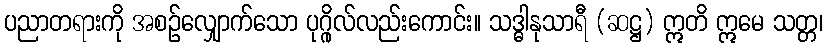
ပညာတရားကို အစဉ်လျှောက်သော ပုဂ္ဂိုလ်လည်းကောင်း။ သဒ္ဓါနုသာရီ (ဆဋ္ဌ) ဣတိ ဣမေ သတ္တ၊